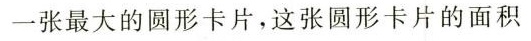
一张最大的圆形卡片，这张圆形卡片的面积